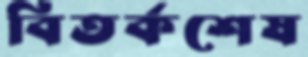
বিতর্কশেষ